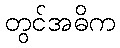
တွင်အဓိက